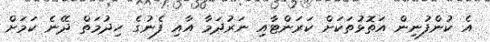
އެ ކުންފުނިން އަތޮޅުތަކަށް ކަރަންޓާއި ނަރުދަމާ އާއި ފެނުގެ ހިދުމަތް ދޭނެ ކަމަށް